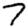
Digit: 7